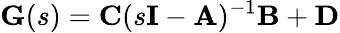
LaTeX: \mathbf{G}(s)=\mathbf{C}(s\mathbf{I}-\mathbf{A})^{-1}\mathbf{B}+\mathbf{D}